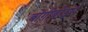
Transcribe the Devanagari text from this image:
बोगीबोर्ड्स